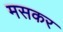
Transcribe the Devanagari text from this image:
मसकर